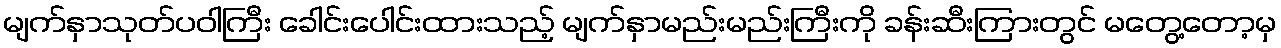
မျက်နှာသုတ်ပဝါကြီး ခေါင်းပေါင်းထားသည့် မျက်နှာမည်းမည်းကြီးကို ခန်းဆီးကြားတွင် မတွေ့တော့မှ